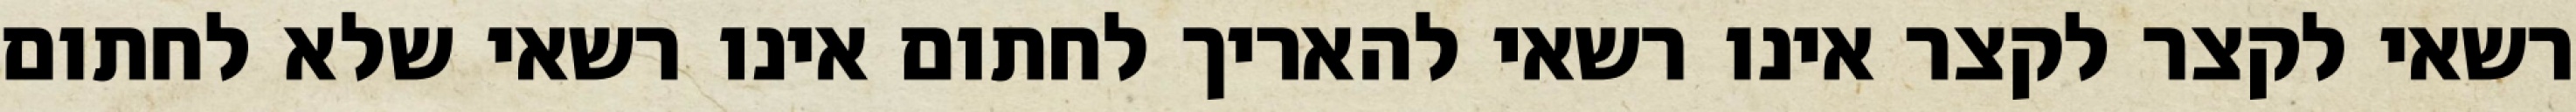
רשאי לקצר לקצר אינו רשאי להאריך לחתום אינו רשאי שלא לחתום